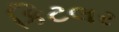
કિટલર